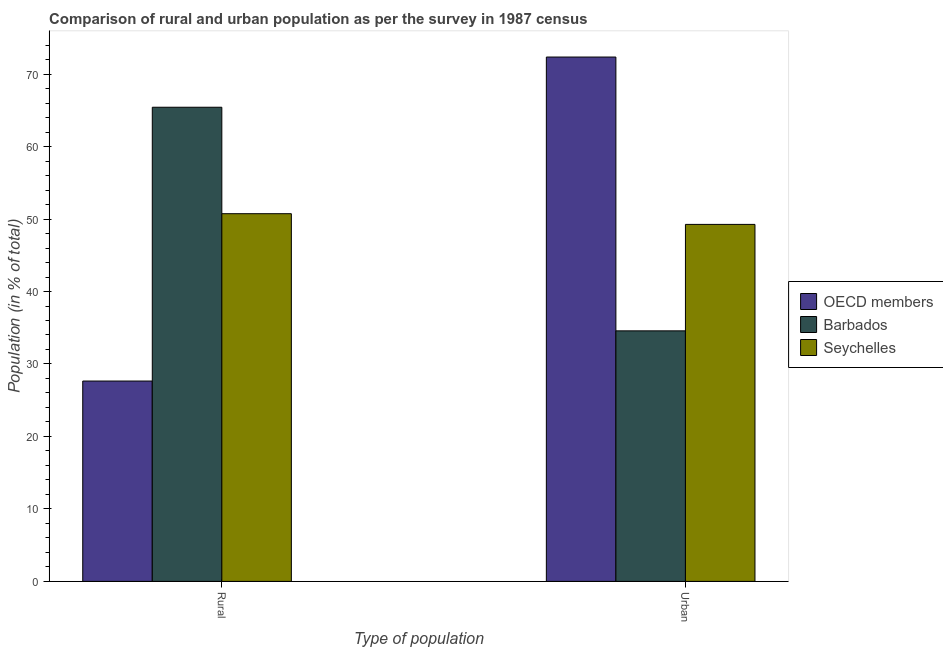
| Type of population | OECD members | Barbados | Seychelles |
 | --- | --- | --- | --- |
 | Rural | 27.6 | 65.4 | 50.7 |
 | Urban | 72.4 | 34.6 | 49.3 |